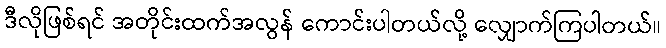
ဒီလိုဖြစ်ရင် အတိုင်းထက်အလွန် ကောင်းပါတယ်လို့ လျှောက်ကြပါတယ်။